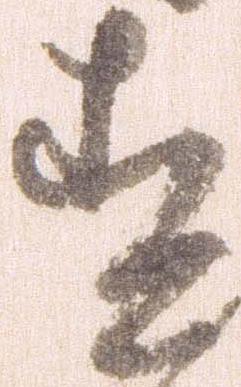
す